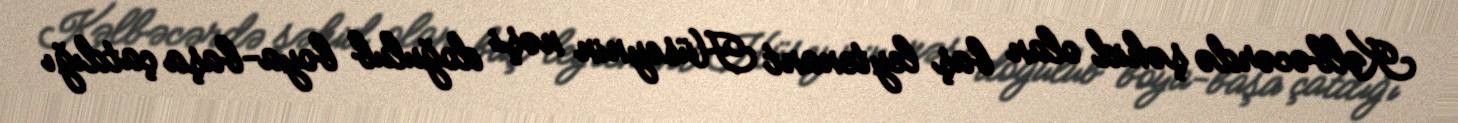
Kəlbəcərdə şəhid olan baş leytenant Hüseynin nəşi doğulub boya-başa çatdığı